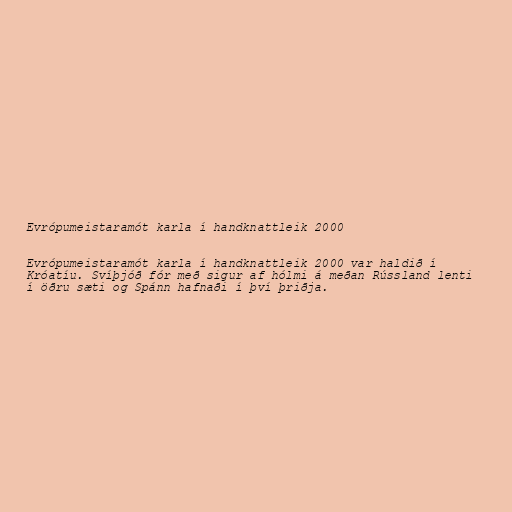
Evrópumeistaramót karla í handknattleik 2000

Evrópumeistaramót karla í handknattleik 2000 var haldið í
Króatíu. Svíþjóð fór með sigur af hólmi á meðan Rússland lenti
í öðru sæti og Spánn hafnaði í því þriðja.